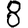
Digit: 8